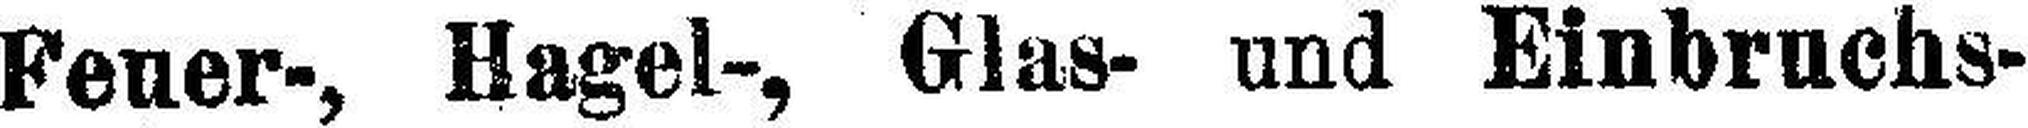
Feuer-, Hagel-, Glas- und Einbruchs¬